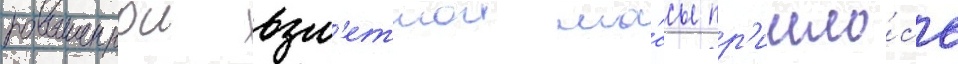
повышеннои взл'етнои ма́ссы пр'ишло́сь